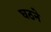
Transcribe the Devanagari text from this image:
घठने